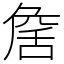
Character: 𦧕